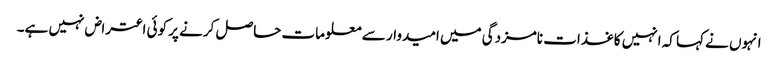
انہوں نے کہا کہ انہیں کاغذات نامزدگی میں امیدوار سے معلومات حاصل کرنے پر کوئی اعتراض نہیں ہے۔